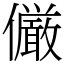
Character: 𠑊